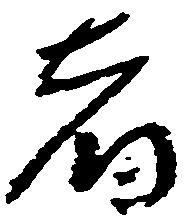
者